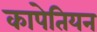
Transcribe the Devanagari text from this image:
कापेतियन